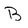
Character: B